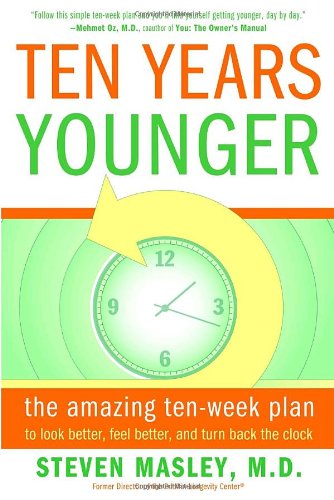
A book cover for Ten Years Younger: The Amazing Ten Week Plan to Look Better, Feel Better, and Turn Back the Clock; Steven Masley M.D.; Health, Fitness & Dieting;